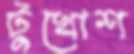
টুখোশ